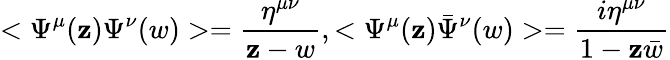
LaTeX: <\Psi^{\mu}(\mathbf{z})\Psi^{\nu}(w)>=\frac{{\eta^{\mu\nu}}}{{\mathbf{z}-w}},<\Psi^{\mu}(\mathbf{z}){\bar{{\Psi}}}^{\nu}(w)>=\frac{{i\eta^{\mu\nu}}}{{1-\mathbf{z}\bar{{w}}}}